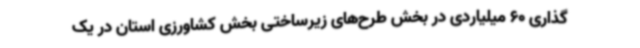
‌گذاری 60 میلیاردی در بخش طرح‌های زیرساختی بخش کشاورزی استان در یک